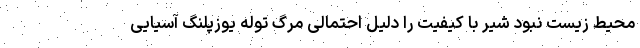
محیط زیست نبود شیر با کیفیت را دلیل احتمالی مرگ توله یوزپلنگ آسیایی